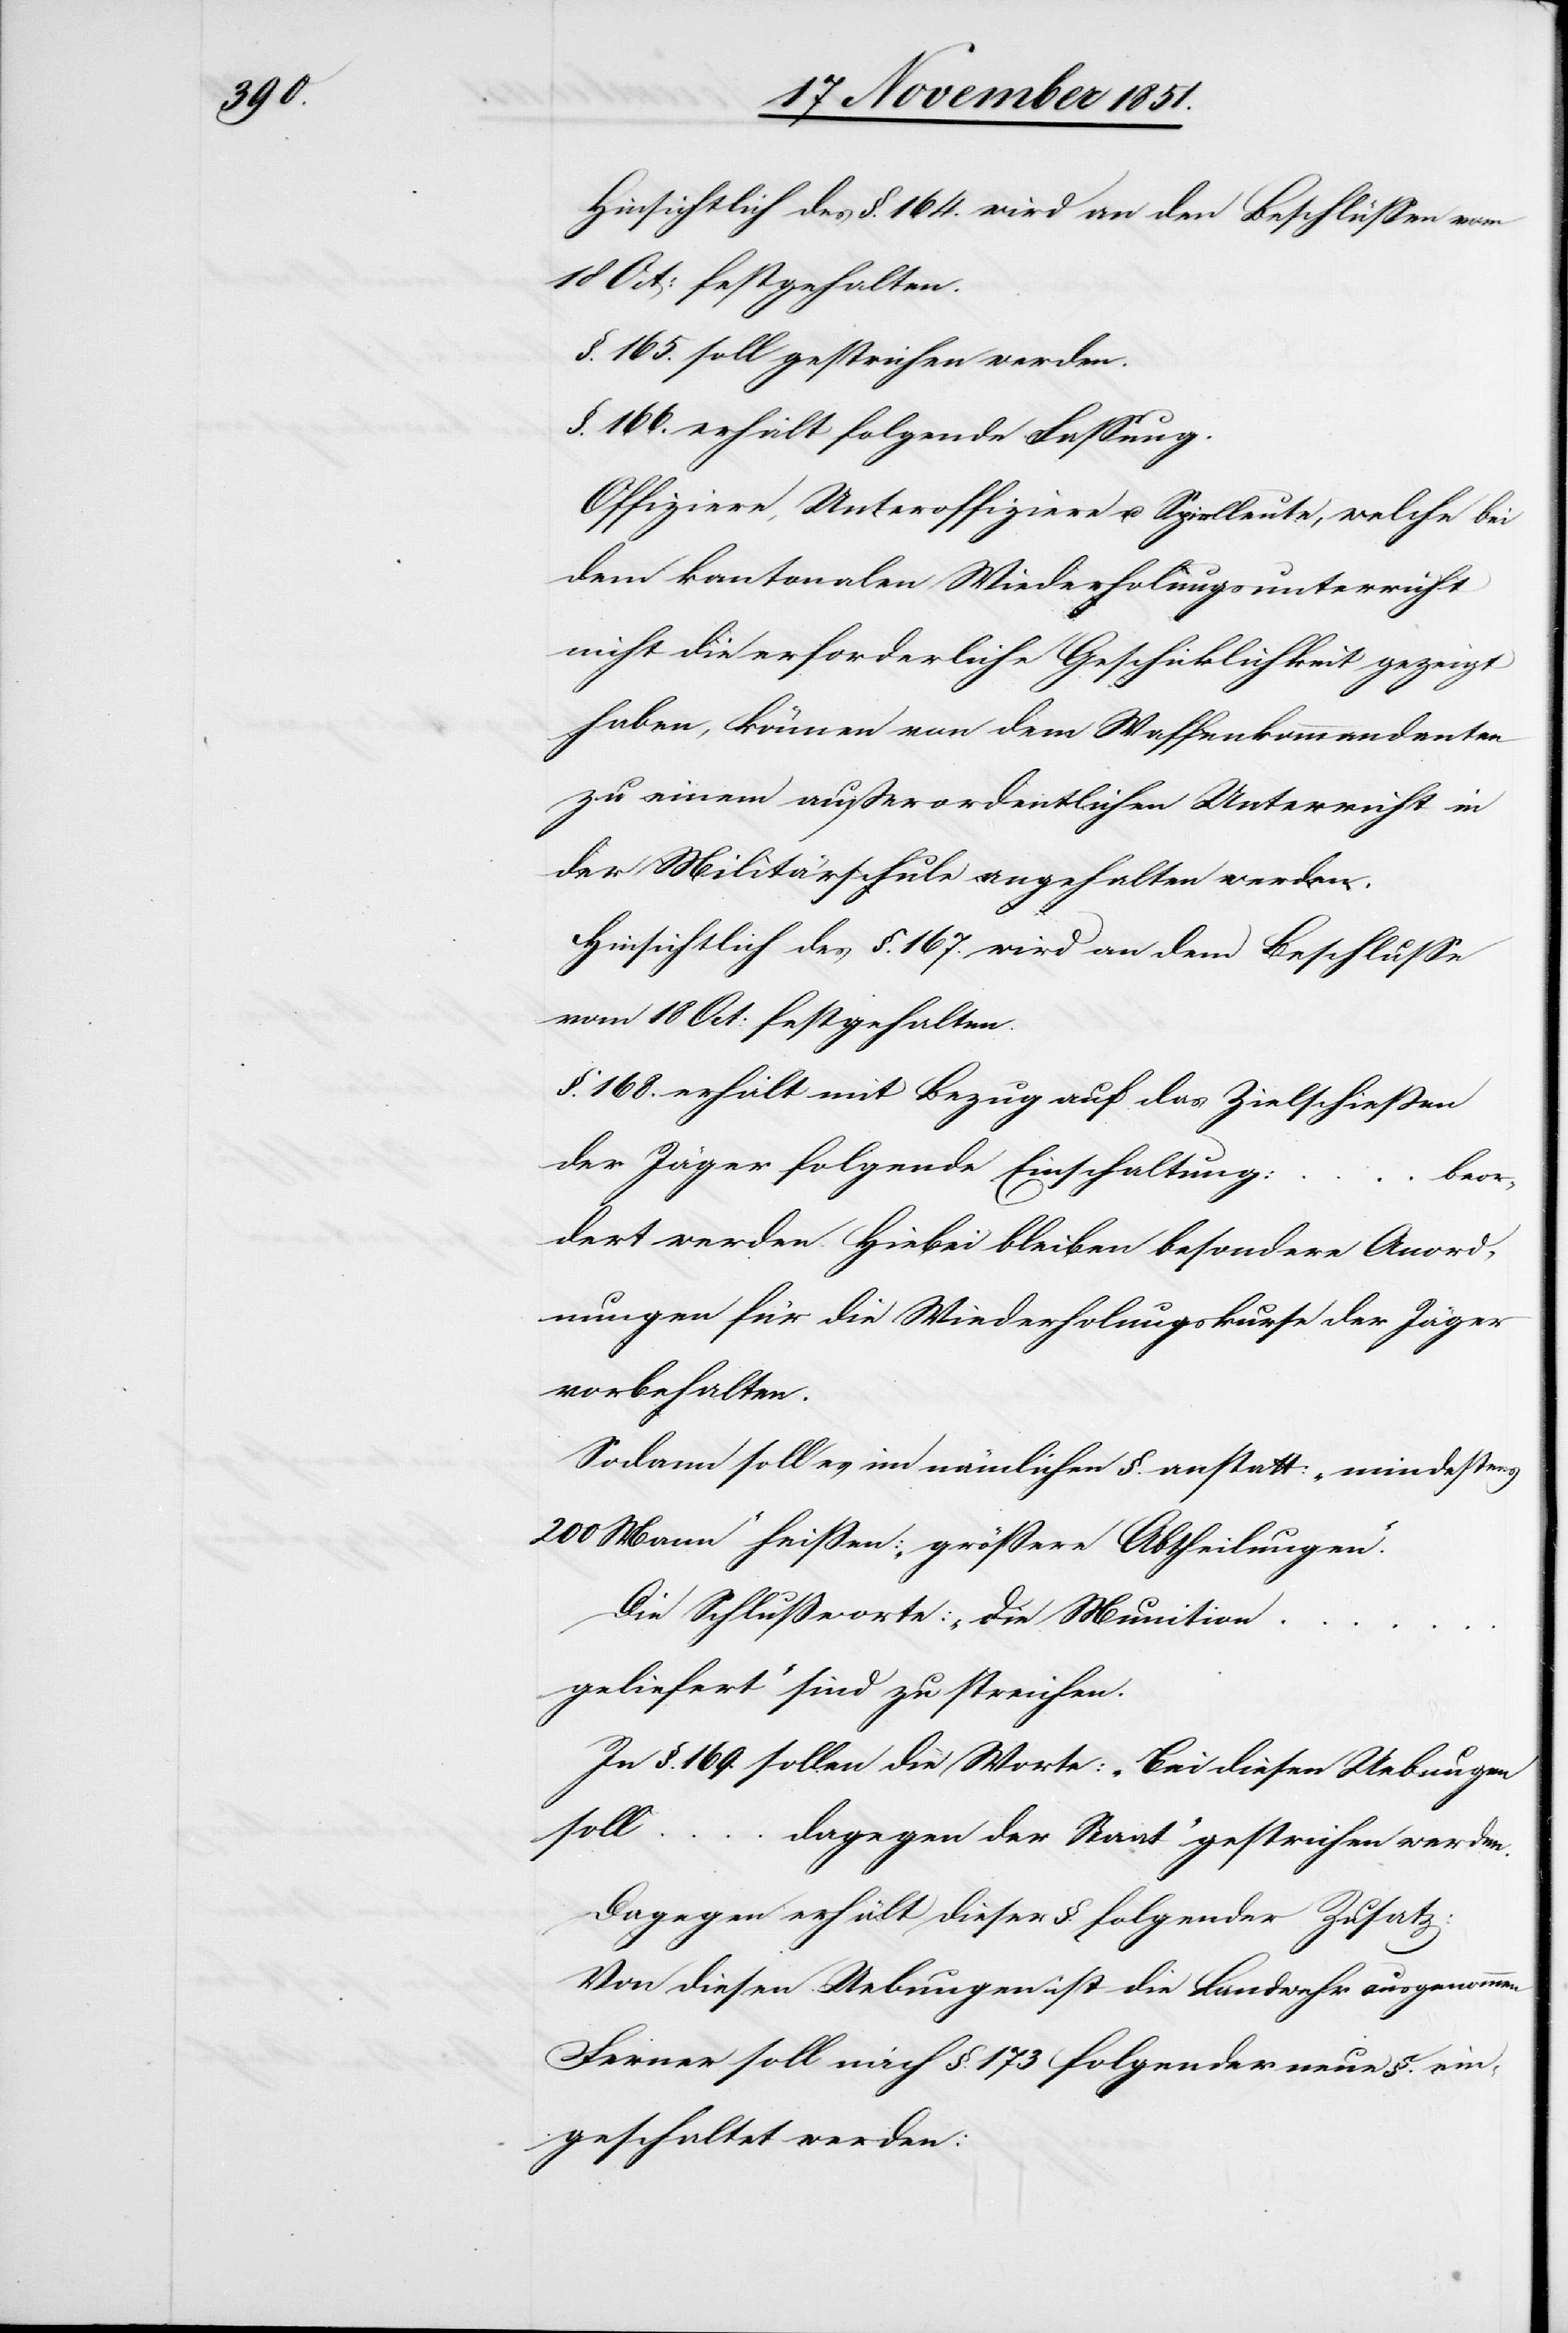
§. 165. soll gestrichen werden.
§. 166. erhält folgende Fassung.
Offiziere, Unteroffiziere u. Spielleute, welche bei
dem kantonalen Wiederholungsunterricht
nicht die erforderliche Geschicklichkeit gezeigt
haben, können von dem Waffenkommandanten
zu einem außerordentlichen Unterricht in
der Militärschule angehalten werden.
Hinsichtlich des §. 167. wird an dem Beschlusse
vom 18 Oct: festgehalten.
§. 168. erhält mit Bezug auf das Zielschießen
der Jäger folgende Einschaltung:
beor¬
dert werden. Hiebei bleiben besondere Anord¬
nungen für die Wiederholungskurse der Jäger
vorbehalten.
Sodann soll es im nämlichen §. anstatt: „mindestens
200 Mann“ heissen: „größere Abtheilungen“.
Die Schlußworte: „die Munition …
geliefert“ sind zu streichen.
In §. 169. sollen die Worte: „Bei diesen Uebungen
soll
…
dagegen der Staat“ gestrichen werden.
Dagegen erhält dieser §. folgender Zusatz:
Von diesen Uebungen ist die Landwehr ausgenommen
Ferner soll nach §. 173 folgender neue §. ein¬
geschaltet werden: